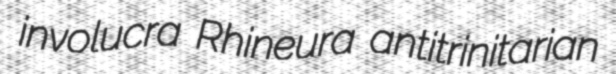
involucra Rhineura antitrinitarian